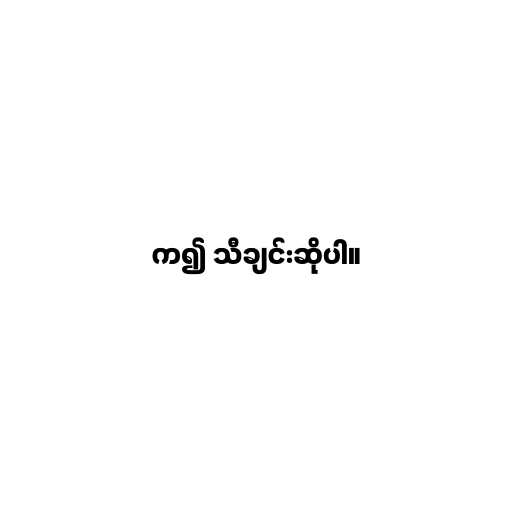
က၍ သီချင်းဆိုပါ။